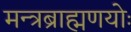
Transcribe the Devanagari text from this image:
मन्त्रब्राह्मणयोः